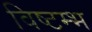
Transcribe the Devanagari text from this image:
विष्टम्भ